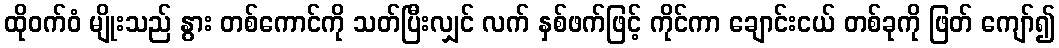
ထိုဝက်ဝံ မျိုးသည် နွား တစ်ကောင်ကို သတ်ပြီးလျှင် လက် နှစ်ဖက်ဖြင့် ကိုင်ကာ ချောင်းငယ် တစ်ခုကို ဖြတ် ကျော်၍